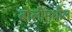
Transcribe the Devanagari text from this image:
बोलींमधील